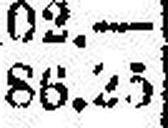
86.25